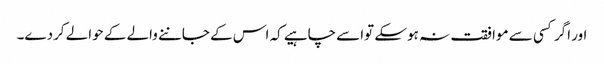
اور اگر کسی سے موافقت نہ ہوسکے تواسے چاہیے کہ اس کے جاننے والے کے حوالے کردے۔